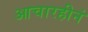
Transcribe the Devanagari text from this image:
आचारहीनं